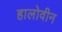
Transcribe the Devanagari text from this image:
हालोवीन